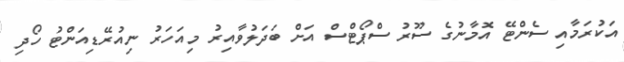
އަކުރަމާއި ސެންޓޭ އޮމާނުގެ ސޫރު ސްޕޯޓްސް އަށް ބަދަލުވާއިރު މިއަހަރު ނިއުރޭޑިއަންޓު ހޯދި